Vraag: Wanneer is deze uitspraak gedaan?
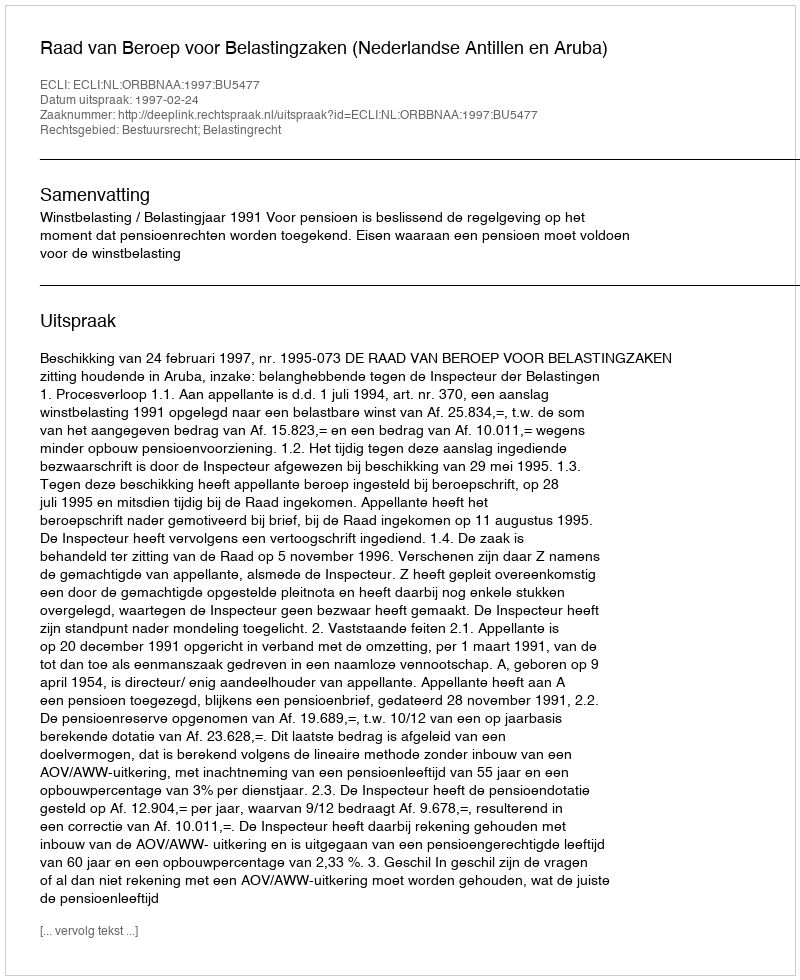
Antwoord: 1997-02-24